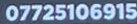
07725106915